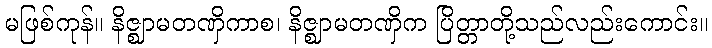
မဖြစ်ကုန်။ နိဇ္ဈာမတဏှိကာစ၊ နိဇ္ဈာမတဏှိက ပြိတ္တာတို့သည်လည်းကောင်း။